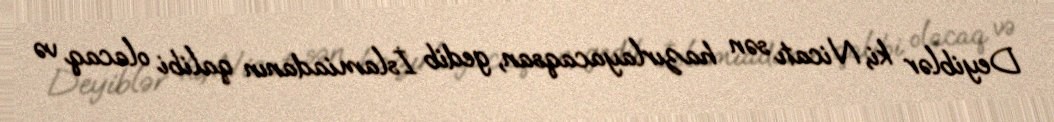
Deyiblər ki, Nicatı sən hazırlayacaqsan, gedib İslamiadanın qalibi olacaq və